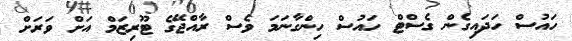
ހައުސް ހަދައިގެން ގެސްޓް ހައުސް ހިންގާނަމަ ވެސް ރާއްޖޭގެ ޓޫރިޒަމް އަށް ވަރަށް